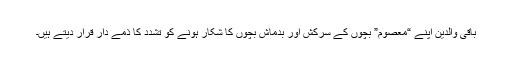
باقی والدین اپنے “معصوم” بچوں کے سرکش اور بدماش بچوں کا شکار ہونے کو تشدد کا ذمے دار قرار دیتے ہیں۔